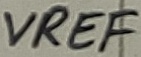
Text: VREF